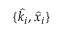
\{ \hat { k _ { i } } , \boldsymbol { \hat { x } _ { i } } \}